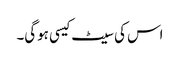
اس کی سیٹ کیسی ہوگی۔